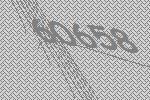
60658